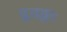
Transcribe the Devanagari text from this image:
प्लवङ्गाः